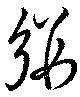
縷